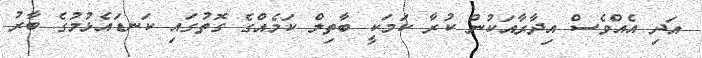
އަދި އެއްވެސް އިދާރާއަކުން ކުރާ ކަމަކީ ބާތިލް ކަމެއްގެ ގޮތުގައި ކަނޑައެޅުމުގެ ބާރު